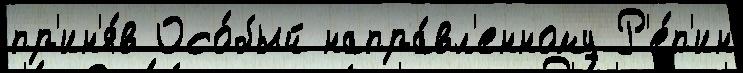
пр'ин'я́в Осо́бый напра́вл'енному Р'е́п'ин